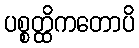
ပစ္စတ္ထိကတောပိ